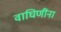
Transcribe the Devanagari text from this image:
वाघिणींना